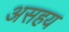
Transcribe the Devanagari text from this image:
असहय